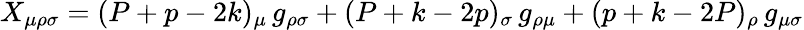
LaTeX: X_{\mu\rho\sigma}=(P+p-2k)_{\mu}\, g_{\rho\sigma}+(P+k-2p)_{\sigma}\, g_{\rho\mu}+(p+k-2P)_{\rho}\, g_{\mu\sigma}